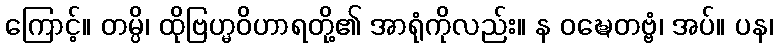
ကြောင့်။ တမ္ပိ၊ ထိုဗြဟ္မဝိဟာရတို့၏ အာရုံကိုလည်း။ န ဝဍ္ဎေတဗ္ဗံ၊ အပ်။ ပန၊